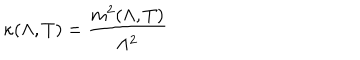
LaTeX: \kappa ( \Lambda , T ) = \frac { m ^ { 2 } ( \Lambda , T ) } { \Lambda ^ { 2 } }